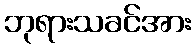
ဘုရားသခင်အား